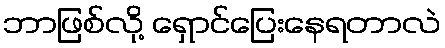
ဘာဖြစ်လို့ ရှောင်ပြေးနေရတာလဲ